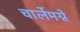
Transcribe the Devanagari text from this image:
चार्लेमग्ने